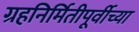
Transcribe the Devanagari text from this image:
ग्रहनिर्मितीपूर्वीच्या